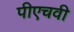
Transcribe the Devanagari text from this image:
पीएचवी